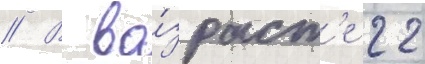
// В во́зраст'е 22